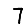
Digit: 7